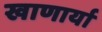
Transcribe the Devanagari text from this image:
खाणार्या